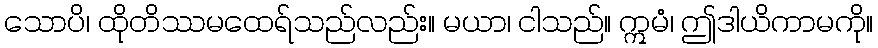
သောပိ၊ ထိုတိဿမထေရ်သည်လည်း။ မယာ၊ ငါသည်။ ဣမံ၊ ဤဒါယိကာမကို။